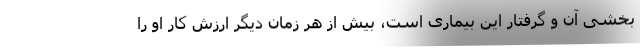
بخشی آن و گرفتار این بیماری است، بیش از هر زمان دیگر ارزش کار او را